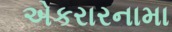
એકરારનામા